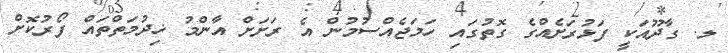
ލ. ގާދޫއަކީ ފަޅުރަށެއްގެ ގޮތުގައި ހަމަޖެއްސުމުން އެ ރަށަށް އާންމު ޚިދުމަތްތައް ފޯރުކޮށް